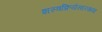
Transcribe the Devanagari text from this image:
शस्त्रक्रियेसारख्या